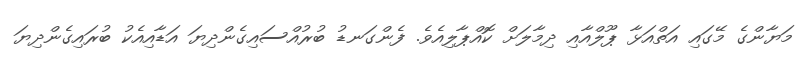
މަޔާންގެ މޭގައި އަތްއަޅާ ޕޫލްއާއި ދިމާލަށް ކޮއްޕާލިއެވެ. ފެންގަނޑު ބުރުއްސައިގެންދިޔަ އަޑާއިއެކު ބުރައިގެންދިޔަ